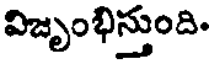
విజృంభిస్తుంది.